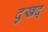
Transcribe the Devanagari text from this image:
दुखद्